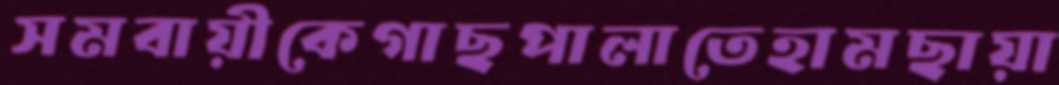
সমবায়ীকেগাছপালাতেহামছায়া